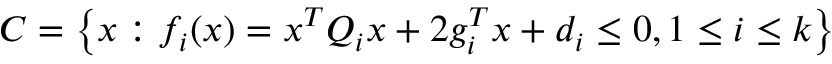
{ C } = \left\{ x : f _ { i } ( x ) = x ^ { T } Q _ { i } x + 2 g _ { i } ^ { T } x + d _ { i } \leq 0 , 1 \leq i \leq k \right\}